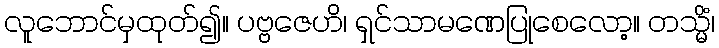
လူဘောင်မှထုတ်၍။ ပဗ္ဗဇေဟိ၊ ရှင်သာမဏေပြုစေလော့။ တသ္မိံ၊